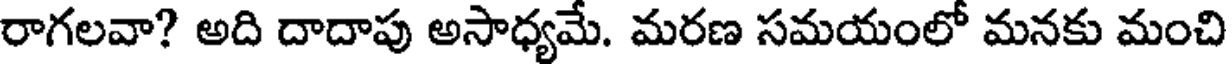
రాగలవా? అది దాదాపు అసాధ్యమే. మరణ సమయంలో మనకు మంచి